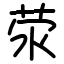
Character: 荥